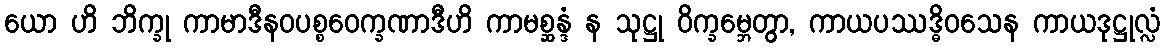
ယော ဟိ ဘိက္ခု ကာမာဒီနဝပစ္စဝေက္ခဏာဒီဟိ ကာမစ္ဆန္ဒံ န သုဋ္ဌု ဝိက္ခမ္ဘေတွာ, ကာယပဿဒ္ဓိဝသေန ကာယဒုဋ္ဌုလ္လံ